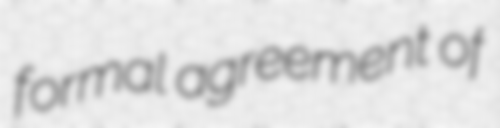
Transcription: formal agreement of